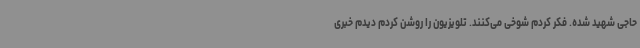
حاجی شهید شده. فکر کردم شوخی می‌کنند. تلویزیون را روشن کردم دیدم خبری